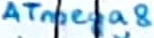
Text: ATmega8